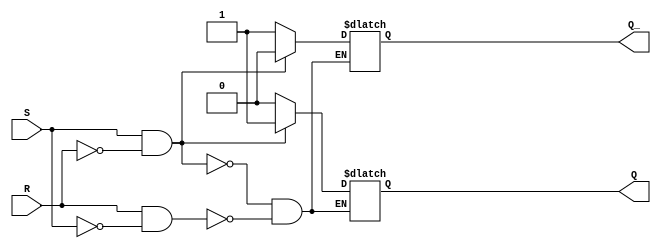
module SR_flip_flop(
  input S,
  input R,
  output reg Q,
  output reg Q_
);
  
  always @(S or R) begin
    if(S && !R) begin
      Q <= 1;
      Q_ <= 0;
    end
    else if(R && !S) begin
      Q <= 0;
      Q_ <= 1;
    end
  end

endmodule